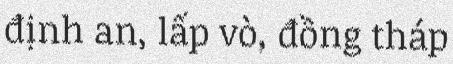
định an, lấp vò, đồng tháp